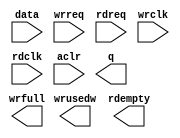
module FifoKBandOUT (
		input  wire [4095:0] data,    //  fifo_input.datain
		input  wire          wrreq,   //            .wrreq
		input  wire          rdreq,   //            .rdreq
		input  wire          wrclk,   //            .wrclk
		input  wire          rdclk,   //            .rdclk
		input  wire          aclr,    //            .aclr
		output wire [127:0]  q,       // fifo_output.dataout
		output wire [2:0]    wrusedw, //            .wrusedw
		output wire          rdempty, //            .rdempty
		output wire          wrfull   //            .wrfull
	);
endmodule